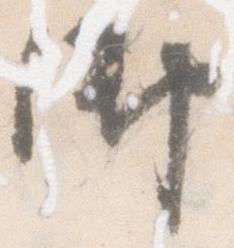
御